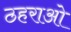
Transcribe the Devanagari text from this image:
ठहराओ